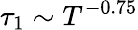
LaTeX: \tau_{1}\sim T^{-0.75}